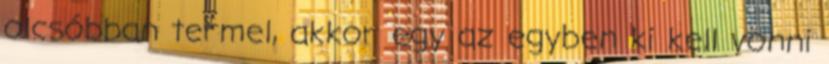
olcsóbban termel, akkor egy az egyben ki kell vonni